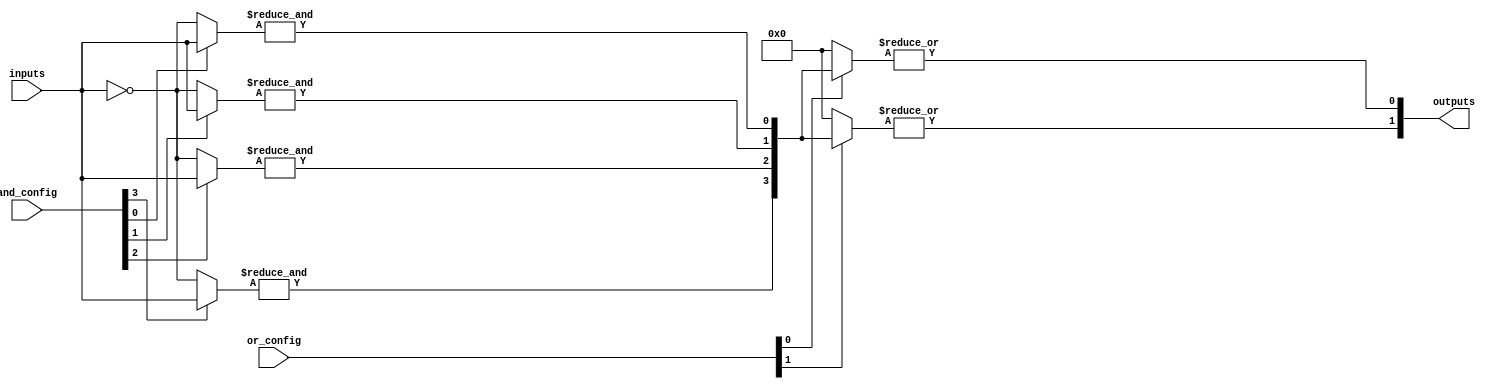
module SPAL #(
    parameter NUM_INPUTS = 8,    // Number of inputs
    parameter NUM_AND_GATES = 4,  // Number of AND gates
    parameter NUM_OR_GATES = 2     // Number of OR gates
)(
    input wire [NUM_INPUTS-1:0] inputs,         // Input signals
    input wire [NUM_AND_GATES-1:0] and_config,  // Configuration for AND gates
    input wire [NUM_OR_GATES-1:0] or_config,    // Configuration for OR gates
    output wire [NUM_OR_GATES-1:0] outputs       // Output signals
);

    // Internal signals for product terms
    wire [NUM_AND_GATES-1:0] product_terms;

    // Programmable AND array
    genvar i;
    generate
        for (i = 0; i < NUM_AND_GATES; i = i + 1) begin : and_array
            wire [NUM_INPUTS-1:0] and_inputs;
            assign and_inputs = and_config[i] ? inputs : ~inputs; // Example configuration logic
            assign product_terms[i] = &and_inputs; // AND operation
        end
    endgenerate

    // Programmable OR array
    genvar j;
    generate
        for (j = 0; j < NUM_OR_GATES; j = j + 1) begin : or_array
            wire [NUM_AND_GATES-1:0] or_inputs;
            assign or_inputs = or_config[j] ? product_terms : 1'b0; // Example configuration logic
            assign outputs[j] = |or_inputs; // OR operation
        end
    endgenerate

endmodule